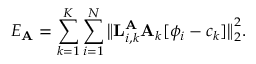
E _ { { \bf A } } = \sum _ { k = 1 } ^ { K } \sum _ { i = 1 } ^ { N } \big \lVert { \bf L } _ { i , k } ^ { { \bf A } } { \bf A } _ { k } [ \phi _ { i } - c _ { k } ] \big \rVert _ { 2 } ^ { 2 } .